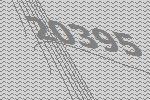
20395